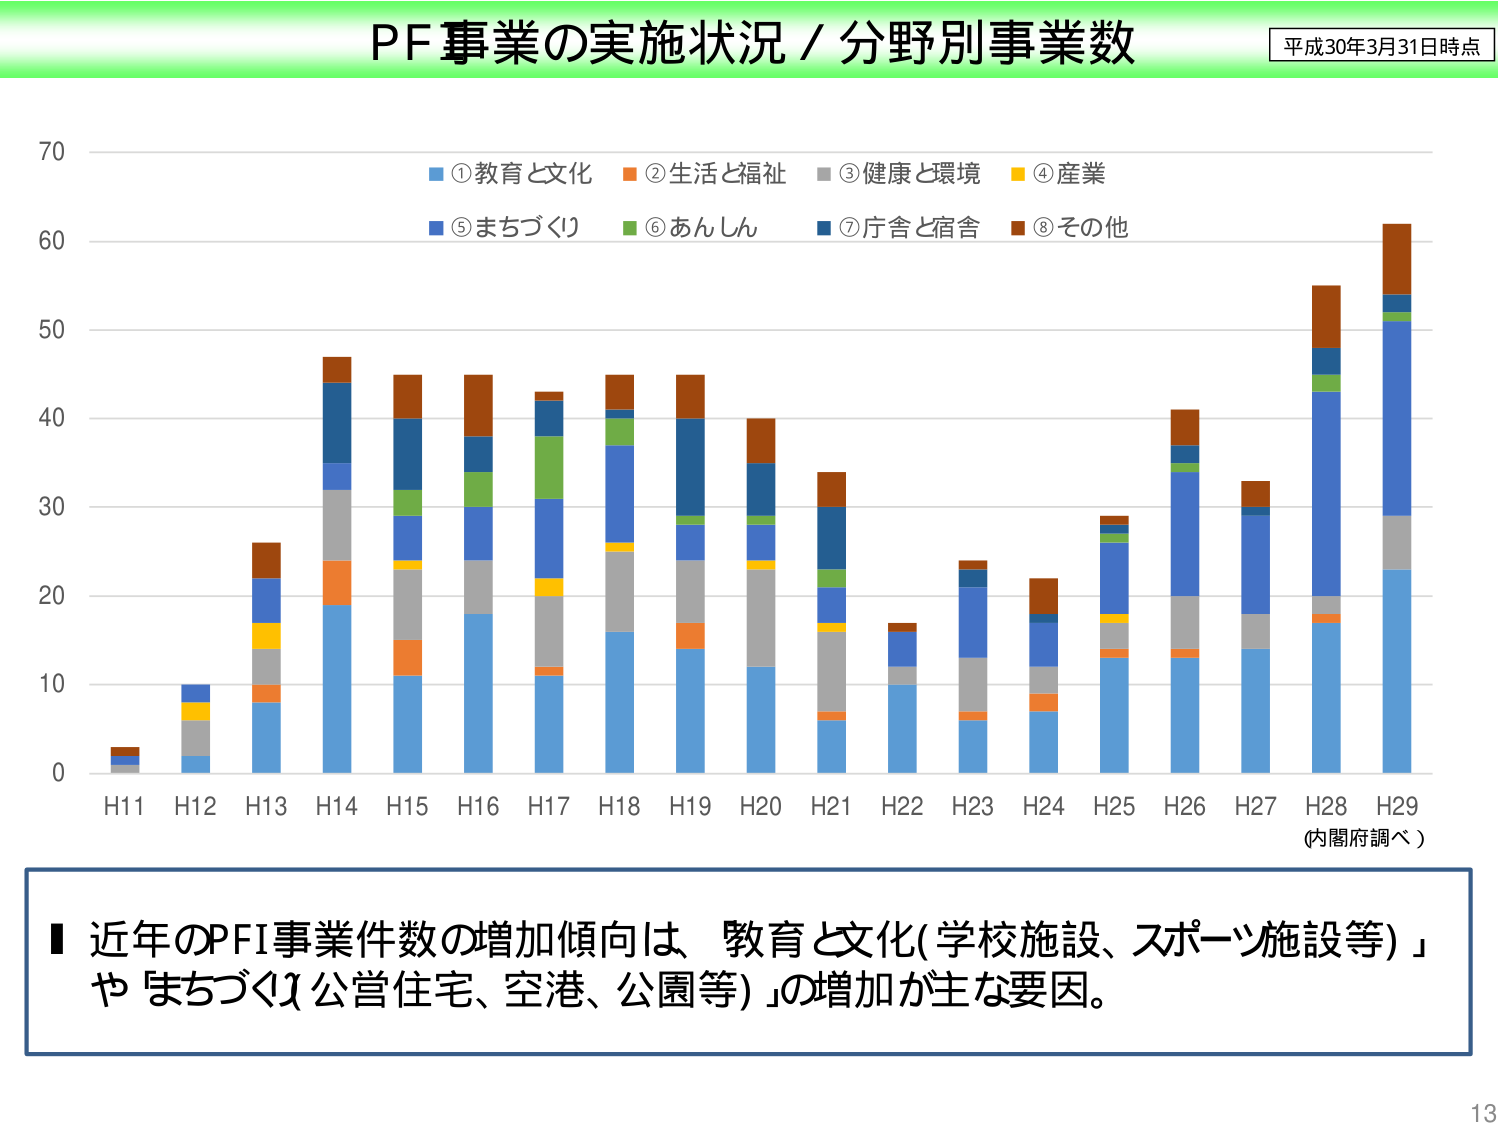
PF事業の実施状況／分野別事業数
平成30年3月31日時点

①教育と文化
②生活と福祉
③健康と環境
④産業
⑤まちづくり
⑥あんしん
⑦庁舎と宿舎
⑧その他

H11 H12 H13 H14 H15 H16 H17 H18 H19 H20 H21 H22 H23 H24 H25 H26 H27 H28 H29
(内閣府調べ)

■ 近年のPFI事業件数の増加傾向は、「教育と文化（学校施設、スポーツ施設等）」や「まちづくり（公営住宅、空港、公園等）」の増加が主な要因。

13